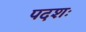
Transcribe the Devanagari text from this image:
पदशः